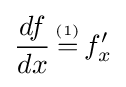
{\frac {df}{dx}}\,{\overset {\underset {\mathrm {(1)} }{}}{=}}\,f'_{x}